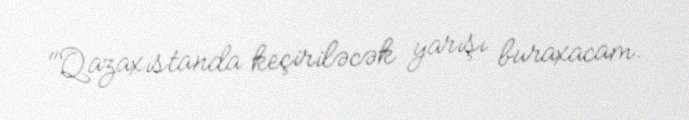
"Qazaxıstanda keçiriləcək yarışı buraxacam.